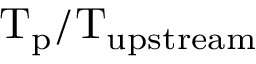
\mathrm { T _ { p } / T _ { u p s t r e a m } }